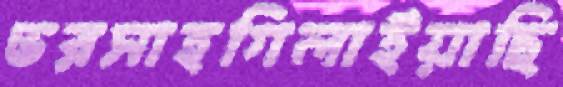
ভরসাহগিলাইয়াছি